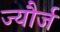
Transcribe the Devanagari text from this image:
ज्यौर्ज